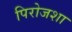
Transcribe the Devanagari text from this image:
पिरोजशा